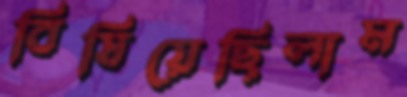
বিষিয়েছিলাম